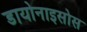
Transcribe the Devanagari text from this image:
डायोनाइसोस